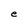
Character: e